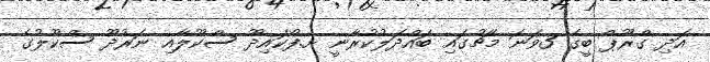
އަދި ގްރޫޕް ބީގެ 3ވަނަ މެޗުގައި ބައްދަލުކުރާނީ ށ.ފޯކައިދޫ ސްކޫލާއި ނަރުދޫ ސްކޫލުގެ